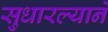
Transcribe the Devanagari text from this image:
सुधारल्याने